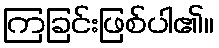
ကြခြင်းဖြစ်ပါ၏။